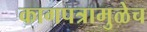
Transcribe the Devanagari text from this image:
कागपत्रामुळेच